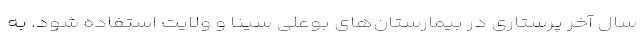
سال آخر پرستاری در بیمارستان‌های بوعلی سینا و ولایت استفاده شود. به